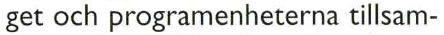
get och programenheterna tillsam-